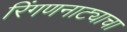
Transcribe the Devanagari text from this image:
रिंगणनाट्याचा